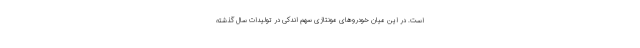
است. در این میان خودروهای مونتاژی سهم اندکی در تولیدات سال گذشته